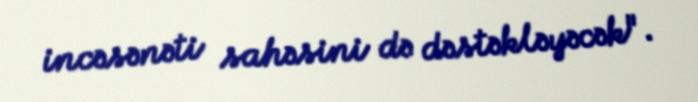
incəsənəti sahəsini də dəstəkləyəcək".